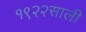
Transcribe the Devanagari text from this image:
१९२२साली